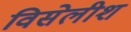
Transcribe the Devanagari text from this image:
विसेलीश